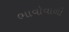
ભાવોવાળી